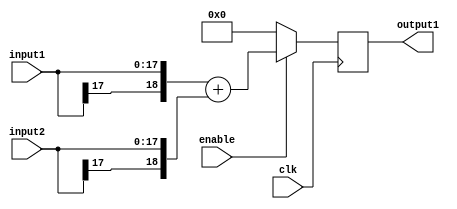
/*
	Author: Aniket Badhan
	Description: Addition stage 2
*/

`timescale 1ns / 1ps

module adderStage3_2(
    	input [17:0] input1,
    	input [17:0] input2,
    	output reg [18:0] output1,
	input enable,
    	input clk
    );
	
	always @ (posedge clk) begin
		if(enable) begin
			output1 <= {input1[17], input1} + {input2[17], input2};
		end
		else begin
			output1 <= 0;
		end
	end
	
endmodule